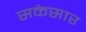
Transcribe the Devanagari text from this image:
सकेसार